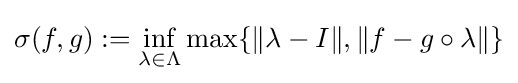
\sigma (f,g):=\inf _{\lambda \in \Lambda }\max\{\|\lambda -I\|,\|f-g\circ \lambda \|\}